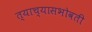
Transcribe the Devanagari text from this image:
त्याच्यासभोवती